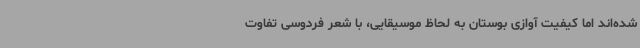
شده‌اند اما کیفیت آوازی بوستان به لحاظ موسیقایی، با شعر فردوسی تفاوت